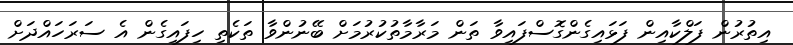
އިތުރުން ފަލްކާއިން ފަޅައިގެންގޮސްފައިވާ ތަން މަރާމާތުކުރުމަށް ބޭނުންވާ ތަކެތި ހިފައިގެން އެ ސަރަހައްދަށް